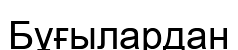
Бұғылардан